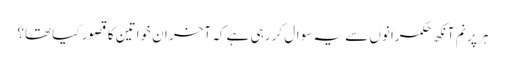
ہر پرنم آنکھ حکمرانوں سے یہ سوال کر رہی ہے کہ آخر ان خواتین کا قصور کیا تھا؟